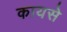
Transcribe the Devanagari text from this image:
कायसे